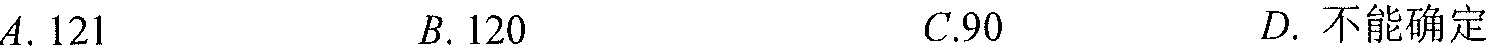
\(A.121\) \ \ \ \ \ \(B.120\) \ \ \ \ \ \(C.90\) \ \ \ \ \ \(D.\)不能确定